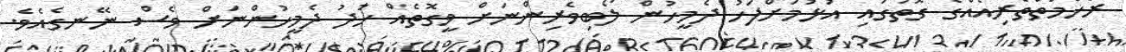
ރަހްމަތްތެރިއެއްގެ ގޮތުގައި އުޅުމަށްފަހު ދެމީހުން ލޯބިވެރިންނަށް ވީގޮތެއް ހުދު ދެމީހުންނަށް ވެސް ނޭނގެއެވެ.